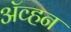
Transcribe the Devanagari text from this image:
अॅव्हन